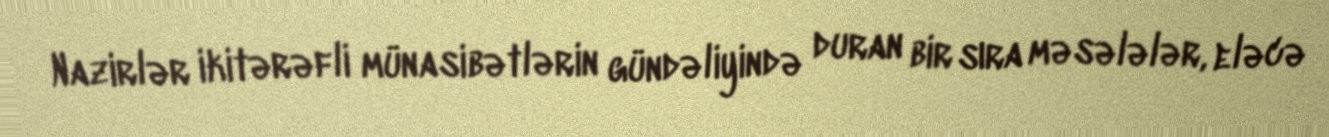
Nazirlər ikitərəfli münasibətlərin gündəliyində duran bir sıra məsələlər, eləcə